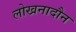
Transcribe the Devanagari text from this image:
लोखनादौन